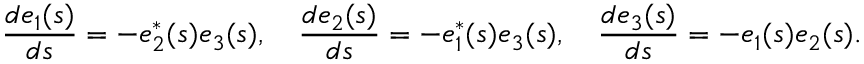
{ \frac { d { e } _ { 1 } ( s ) } { d s } } = - { e } _ { 2 } ^ { * } ( s ) e _ { 3 } ( s ) , \quad { \frac { d { e } _ { 2 } ( s ) } { d s } } = - { e } _ { 1 } ^ { * } ( s ) { e } _ { 3 } ( s ) , \quad { \frac { d { e } _ { 3 } ( s ) } { d s } } = - { e } _ { 1 } ( s ) e _ { 2 } ( s ) .